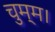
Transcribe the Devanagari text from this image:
चुम्म।